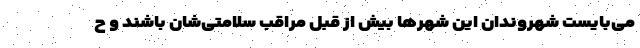
می‌بایست شهروندان این شهرها بیش از قبل مراقب سلامتی‌شان باشند و ح